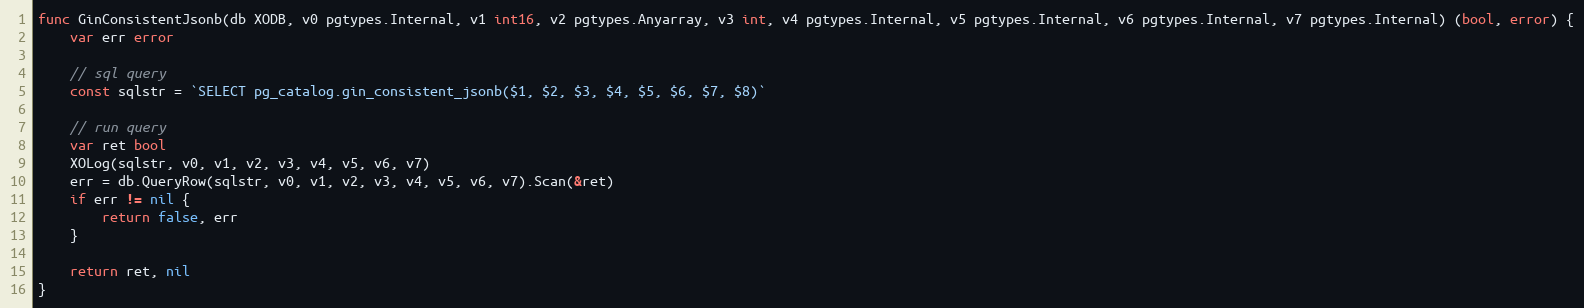
Language: Go
func GinConsistentJsonb(db XODB, v0 pgtypes.Internal, v1 int16, v2 pgtypes.Anyarray, v3 int, v4 pgtypes.Internal, v5 pgtypes.Internal, v6 pgtypes.Internal, v7 pgtypes.Internal) (bool, error) {
	var err error

	// sql query
	const sqlstr = `SELECT pg_catalog.gin_consistent_jsonb($1, $2, $3, $4, $5, $6, $7, $8)`

	// run query
	var ret bool
	XOLog(sqlstr, v0, v1, v2, v3, v4, v5, v6, v7)
	err = db.QueryRow(sqlstr, v0, v1, v2, v3, v4, v5, v6, v7).Scan(&ret)
	if err != nil {
		return false, err
	}

	return ret, nil
}